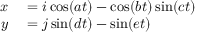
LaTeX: \begin{array} { r l } { x } & { { } = i \cos ( a t ) - \cos ( b t ) \sin ( c t ) } \\ { y } & { { } = j \sin ( d t ) - \sin ( e t ) } \end{array}